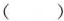
( )